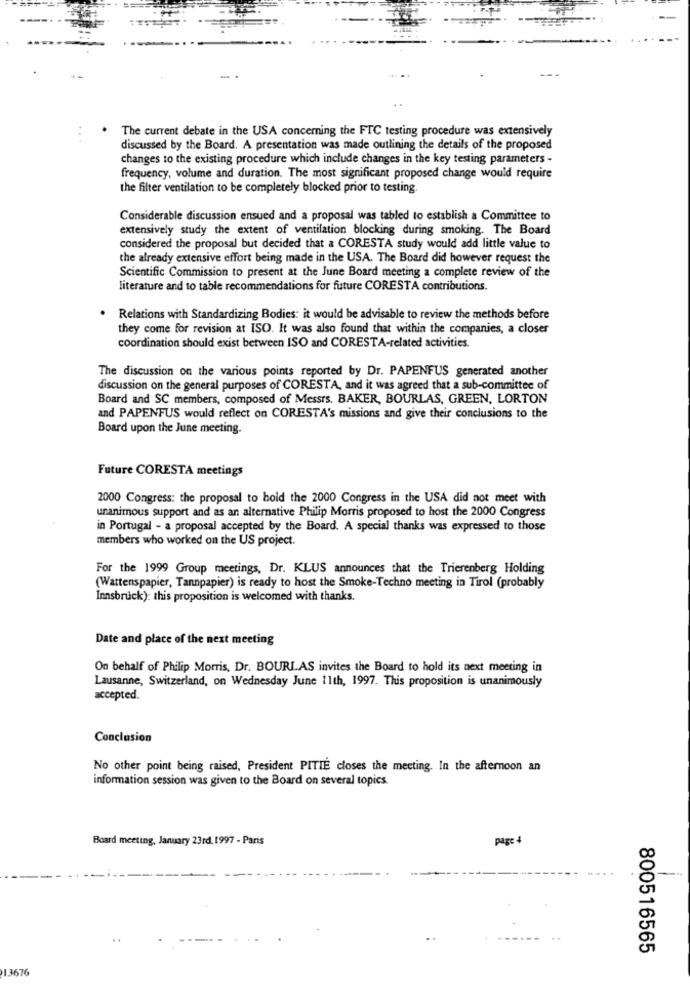
The current debate in the USA concerning the FTC testing procedure was extensively
discussed by the Board. A presentation was made outlining the details of the proposed
changes to the existing procedure which include changes in the key testing parameters -
frequency, volume and duration. The most significant proposed change would require
the filter ventilation to be completely blocked prior to testing
Considerable discussion ensued and a proposal was tabled to establish a Committee to
extensively study the extent of ventilation blocking during smoking. The Board
considered the proposal but decided that a CORESTA study would add little value to
the already extensive effort being made in the USA. The Board did however request the
Scientific Commission to present at the June Board meeting a complete review of the
literature and to table recommendations for future CORESTA contributions.
Relations with Standardizing Bodies: it would be advisable to review the methods before
they come for revision at ISO. It was also found that within the companies, a closer
coordination should exist between ISO and CORESTA-related activities.
The discussion on the various points reported by Dr. PAPENFUS generated another
discussion on the general purposes of CORESTA, and it was agreed that a sub-committee of
Board and SC members, composed of Messrs. BAKER, BOURLAS, GREEN, LORTON
and PAPENFUS would reflect on CORESTA's missions and give their conclusions to the
Board upon the June meeting.
Future CORESTA meetings
2000 Congress: the proposal to hold the 2000 Congress in the USA did not meet with
unanimous support and as an alternative Philip Morris proposed to host the 2000 Congress
in Portugal - a proposal accepted by the Board. A special thanks was expressed to those
members who worked on the US project.
For the 1999 Group meetings, Dr. KLUS announces that the Trierenberg Holding
(Wattenspapier, Tannpapier) is ready to host the Smoke-Techno meeting in Tirol (probably
Innsbruck): this proposition is welcomed with thanks.
Date and place of the next meeting
On behalf of Philip Morris, Dr. BOURLAS invites the Board to hold its next meeting in
Lausanne, Switzerland, on Wednesday June 11th, 1997. This proposition is unanimously
accepted.
Conclusion
No other point being raised, President PITIE closes the meeting. In the afternoon an
information session was given to the Board on several topics.
Board meeting, January 23rd, 1997 - Paris
page 4
800516565
13676